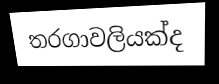
තරගාවලියක්ද